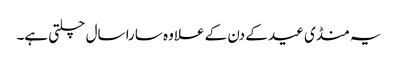
یہ منڈی عید کے دن کے علاوہ سارا سال چلتی ہے۔